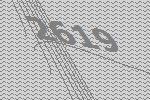
2619